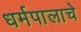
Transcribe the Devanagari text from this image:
धर्मपालाचे